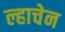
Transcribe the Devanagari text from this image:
ल्हाचेन